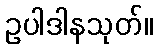
ဥပါဒါနသုတ်။